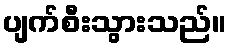
ပျက်စီးသွားသည်။